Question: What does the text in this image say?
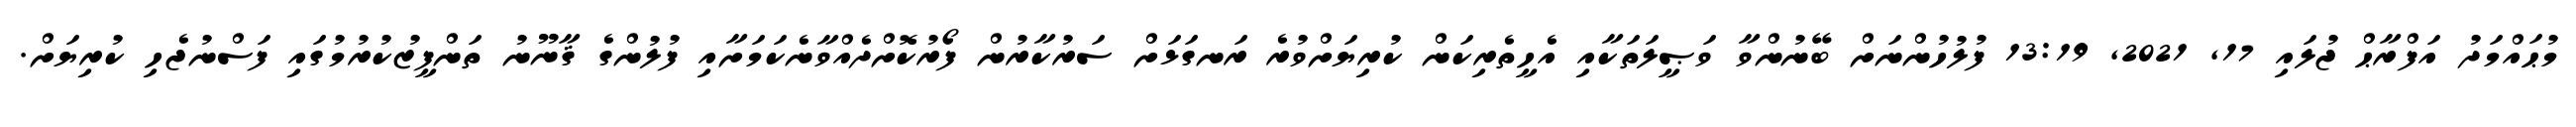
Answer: މުޙައްމަދު އަފްރާޙް ޖުލައި 17, 2021, 13:19 ފުލުހުންނަށް ބޭނުންވާ ވަޞީލަތަކާއި އެހީތެރިކަން ކުރިޔަށްވުރެ ރަނގަޅަށް ސަރުކާރުން ފޯރުކޮށްދެއްވާނެކަމަށާއި ފުލުންގެ ޤާނޫނު ތަންފީޒުކުރުމުގައި ފަސްނުޖެހި ކުރިޔަށް.